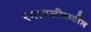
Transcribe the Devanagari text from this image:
रंगापलीकडील